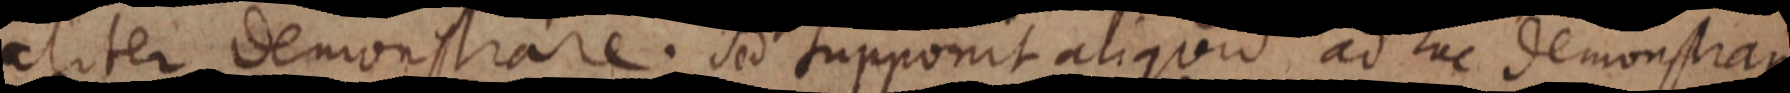
aliter demonstrare. Sed supponit aliquid ad huc demonstram